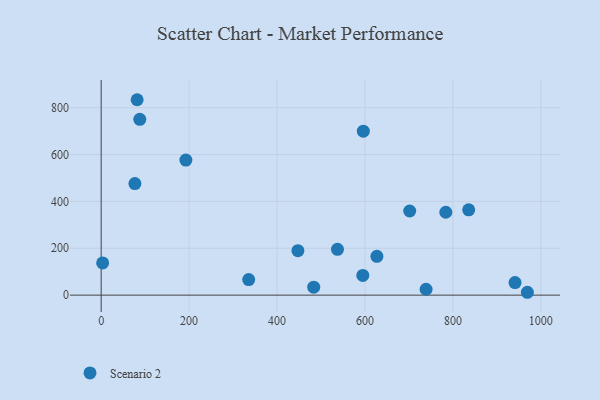
{"axis": {"x": "Engine Size", "y": "Salary"}, "legend": ["Scenario 2"], "data": [{"x": "783.8", "y": 353.8, "type": "Scenario 2"}, {"x": "335.5", "y": 66.5, "type": "Scenario 2"}, {"x": "483.4", "y": 33.8, "type": "Scenario 2"}, {"x": "447.4", "y": 189.9, "type": "Scenario 2"}, {"x": "3.3", "y": 137.5, "type": "Scenario 2"}, {"x": "738.9", "y": 25.1, "type": "Scenario 2"}, {"x": "941.2", "y": 53.5, "type": "Scenario 2"}, {"x": "192.6", "y": 576.6, "type": "Scenario 2"}, {"x": "596.2", "y": 699.8, "type": "Scenario 2"}, {"x": "81.8", "y": 834.1, "type": "Scenario 2"}, {"x": "537.4", "y": 195.5, "type": "Scenario 2"}, {"x": "701.7", "y": 359.2, "type": "Scenario 2"}, {"x": "835.8", "y": 364.1, "type": "Scenario 2"}, {"x": "627.1", "y": 165.7, "type": "Scenario 2"}, {"x": "87.8", "y": 750.3, "type": "Scenario 2"}, {"x": "76.7", "y": 476.2, "type": "Scenario 2"}, {"x": "969.3", "y": 12.2, "type": "Scenario 2"}, {"x": "595.0", "y": 84.1, "type": "Scenario 2"}]}